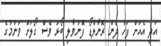
އަދި އެއަށް ފަހު ދެން ރޮނާލްޑޯ ފޮނުވާލި ބޯޅަ ވެސް ގޯލަށް ވަނުމުގެ